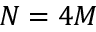
N = 4 M